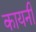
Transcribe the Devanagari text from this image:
कायनी